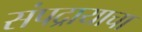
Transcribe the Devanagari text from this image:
संपद्रायाचा